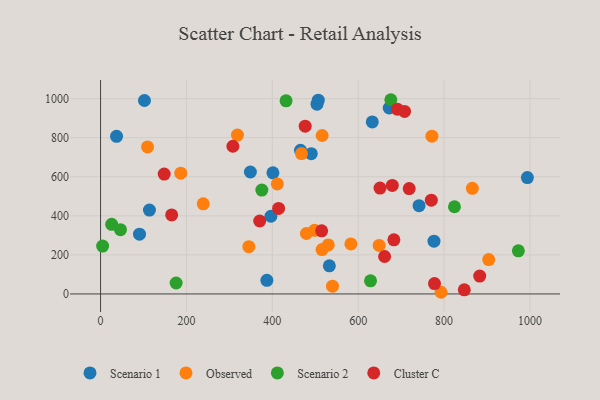
{"axis": {"x": "Experience", "y": "Sales"}, "legend": ["Cluster C", "Observed", "Scenario 1", "Scenario 2"], "data": [{"x": "37.2", "y": 807.2, "type": "Scenario 1"}, {"x": "672.2", "y": 952.0, "type": "Scenario 1"}, {"x": "90.7", "y": 306.1, "type": "Scenario 1"}, {"x": "507.0", "y": 991.9, "type": "Scenario 1"}, {"x": "396.7", "y": 397.8, "type": "Scenario 1"}, {"x": "741.7", "y": 451.9, "type": "Scenario 1"}, {"x": "387.3", "y": 69.8, "type": "Scenario 1"}, {"x": "490.7", "y": 718.4, "type": "Scenario 1"}, {"x": "994.0", "y": 596.0, "type": "Scenario 1"}, {"x": "632.8", "y": 880.7, "type": "Scenario 1"}, {"x": "465.6", "y": 735.2, "type": "Scenario 1"}, {"x": "401.4", "y": 619.9, "type": "Scenario 1"}, {"x": "776.5", "y": 270.4, "type": "Scenario 1"}, {"x": "532.8", "y": 144.2, "type": "Scenario 1"}, {"x": "113.8", "y": 429.5, "type": "Scenario 1"}, {"x": "348.9", "y": 624.3, "type": "Scenario 1"}, {"x": "102.2", "y": 990.5, "type": "Scenario 1"}, {"x": "504.1", "y": 971.6, "type": "Scenario 1"}, {"x": "515.8", "y": 227.0, "type": "Observed"}, {"x": "498.5", "y": 326.0, "type": "Observed"}, {"x": "771.7", "y": 807.7, "type": "Observed"}, {"x": "904.0", "y": 175.8, "type": "Observed"}, {"x": "793.0", "y": 8.6, "type": "Observed"}, {"x": "583.0", "y": 256.2, "type": "Observed"}, {"x": "411.7", "y": 563.5, "type": "Observed"}, {"x": "467.9", "y": 718.6, "type": "Observed"}, {"x": "109.4", "y": 752.8, "type": "Observed"}, {"x": "865.8", "y": 540.7, "type": "Observed"}, {"x": "239.1", "y": 461.3, "type": "Observed"}, {"x": "530.3", "y": 250.8, "type": "Observed"}, {"x": "516.1", "y": 811.3, "type": "Observed"}, {"x": "345.3", "y": 241.9, "type": "Observed"}, {"x": "318.8", "y": 813.4, "type": "Observed"}, {"x": "186.8", "y": 618.5, "type": "Observed"}, {"x": "648.8", "y": 248.6, "type": "Observed"}, {"x": "540.1", "y": 40.0, "type": "Observed"}, {"x": "479.4", "y": 309.5, "type": "Observed"}, {"x": "375.6", "y": 531.6, "type": "Scenario 2"}, {"x": "628.7", "y": 67.2, "type": "Scenario 2"}, {"x": "25.9", "y": 356.6, "type": "Scenario 2"}, {"x": "176.0", "y": 56.2, "type": "Scenario 2"}, {"x": "676.0", "y": 994.4, "type": "Scenario 2"}, {"x": "46.4", "y": 329.2, "type": "Scenario 2"}, {"x": "973.0", "y": 220.6, "type": "Scenario 2"}, {"x": "4.8", "y": 245.2, "type": "Scenario 2"}, {"x": "824.2", "y": 446.5, "type": "Scenario 2"}, {"x": "432.0", "y": 989.0, "type": "Scenario 2"}, {"x": "476.5", "y": 859.0, "type": "Cluster C"}, {"x": "847.1", "y": 21.1, "type": "Cluster C"}, {"x": "691.2", "y": 946.0, "type": "Cluster C"}, {"x": "308.2", "y": 756.2, "type": "Cluster C"}, {"x": "514.9", "y": 323.3, "type": "Cluster C"}, {"x": "148.2", "y": 613.8, "type": "Cluster C"}, {"x": "708.0", "y": 934.7, "type": "Cluster C"}, {"x": "650.8", "y": 542.0, "type": "Cluster C"}, {"x": "883.0", "y": 91.6, "type": "Cluster C"}, {"x": "414.6", "y": 437.8, "type": "Cluster C"}, {"x": "777.7", "y": 52.9, "type": "Cluster C"}, {"x": "679.4", "y": 555.7, "type": "Cluster C"}, {"x": "718.8", "y": 539.3, "type": "Cluster C"}, {"x": "683.1", "y": 277.1, "type": "Cluster C"}, {"x": "770.3", "y": 480.2, "type": "Cluster C"}, {"x": "165.6", "y": 404.4, "type": "Cluster C"}, {"x": "661.5", "y": 191.7, "type": "Cluster C"}, {"x": "370.6", "y": 373.4, "type": "Cluster C"}]}